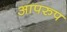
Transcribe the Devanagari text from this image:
आपरुप